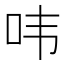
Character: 𮰔